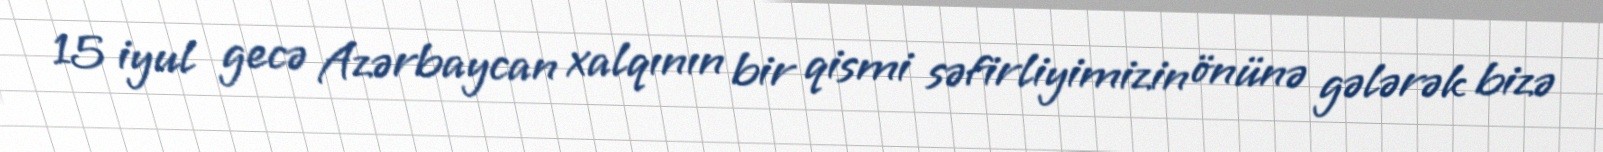
15 iyul gecə Azərbaycan xalqının bir qismi səfirliyimizin önünə gələrək bizə